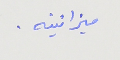
ميزانيته .